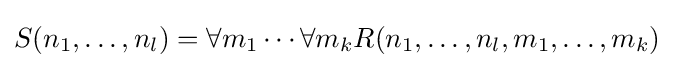
S(n_{1},\ldots ,n_{l})=\forall m_{1}\cdots \forall m_{k}R(n_{1},\ldots ,n_{l},m_{1},\ldots ,m_{k})